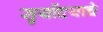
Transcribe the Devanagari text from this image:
सुर्योदयाचे